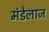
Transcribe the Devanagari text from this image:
मंडेलाज